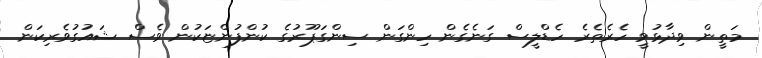
މަތީން ވިދާޅުވީ ހެރެތެރެ ހެޑްލީސް ގަނެގެން ހިންގަން ސިންގަޕޫރުގެ ކުންފުންޏަކުން ވެސް ޝައުގުވެރިކަން